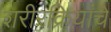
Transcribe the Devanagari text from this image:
शरीरक्रियांचे